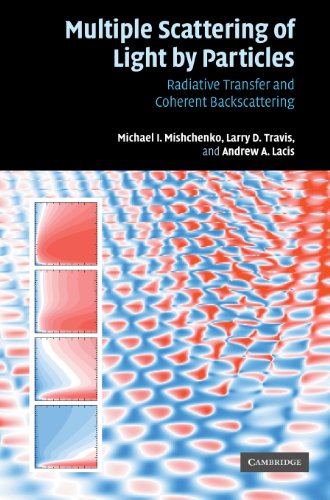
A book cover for Multiple Scattering of Light by Particles: Radiative Transfer and Coherent Backscattering; Michael I. Mishchenko; Science & Math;